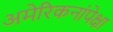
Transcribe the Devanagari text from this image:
अमेरिकनांपेक्षा